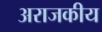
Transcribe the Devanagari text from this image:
अराजकीय